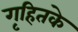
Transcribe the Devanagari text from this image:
गृहितके